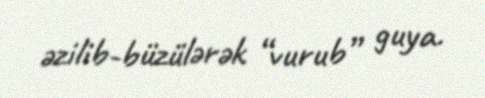
əzilib-büzülərək “vurub” guya.